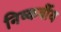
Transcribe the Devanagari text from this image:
निष्कर्षीय